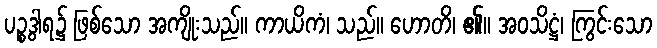
ပဉ္စဒွါရ၌ ဖြစ်သော အကျိုးသည်။ ကာယိကံ၊ သည်။ ဟောတိ၊ ၏။ အဝသိဋ္ဌံ၊ ကြွင်းသော